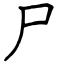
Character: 尸